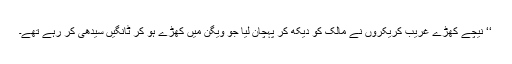
‘‘ نیچے کھڑے غریب کریکروں نے مالک کو دیکھ کر پہچان لیا جو ویگن میں کھڑے ہو کر ٹانگیں سیدھی کر رہے تھے۔